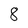
Character: 8